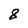
Character: 8